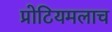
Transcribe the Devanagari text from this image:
प्रोटियमलाच